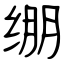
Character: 绷